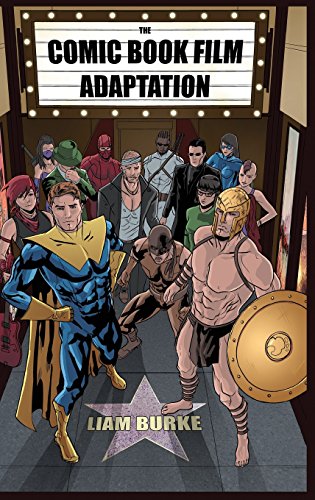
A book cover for The Comic Book Film Adaptation: Exploring Modern Hollywood's Leading Genre; Liam Burke; Humor & Entertainment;